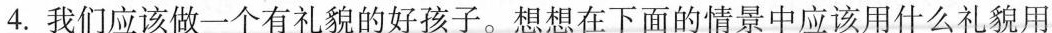
4.我们应该做一个有礼貌的好孩子。想想在下面的情景中应该用什么礼貌用